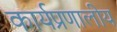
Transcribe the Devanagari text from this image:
कार्यप्रणालीय